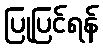
ပြုပြင်ရန်